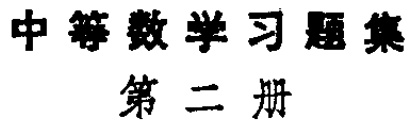
\documentclass{article}

\begin{document}

中等数学习题集\\

第二册

\end{document}